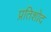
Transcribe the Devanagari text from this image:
प्रतिशोद